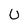
Character: U